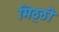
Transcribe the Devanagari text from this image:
मिठ्ठी